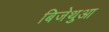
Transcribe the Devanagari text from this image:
बिजेथुआ